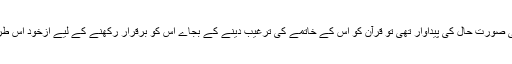
اگر شوہر کو حاصل برتری محض ایک مخصوص سماجی صورت حال کی پیداوار تھی تو قرآن کو اس کے خاتمے کی ترغیب دینے کے بجاے اس کو برقرار رکھنے کے لیے ازخود اس طرح کے اقدامات تجویز کرنے کی آخر کیا ضرورت تھی؟